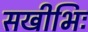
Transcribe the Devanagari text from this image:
सखीभिः